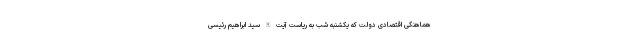
هماهنگی اقتصادی دولت که یکشنبه شب به ریاست آیت الله سید ابراهیم رئیسی